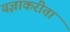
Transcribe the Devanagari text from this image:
यज्ञाकरीता